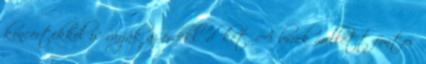
koncertekkel is várják az érdeklődőket. A borok mellett fontos